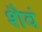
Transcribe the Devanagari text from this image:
शैवं